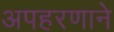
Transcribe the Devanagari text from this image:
अपहरणाने